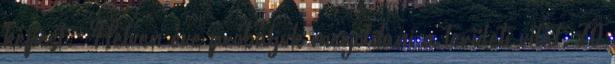
képest. „Hetven éve próbáljuk megoldani a területi vitát. 70